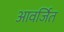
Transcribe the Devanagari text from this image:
आवर्जित